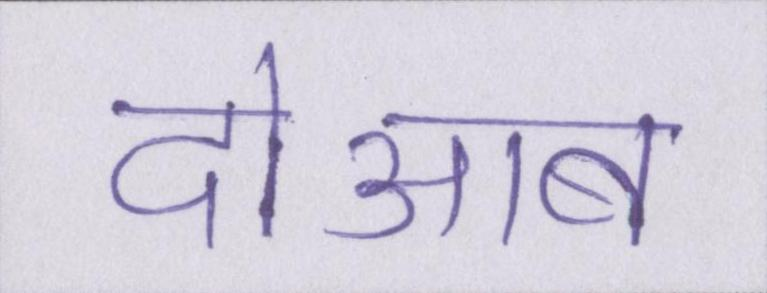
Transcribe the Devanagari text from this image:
दोआब